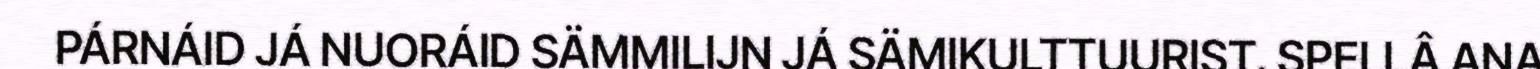
PÁRNÁID JÁ NUORÁID SÄMMILIJN JÁ SÄMIKULTTUURIST. SPELLÂ ANA